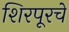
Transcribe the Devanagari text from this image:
शिरपूरचे